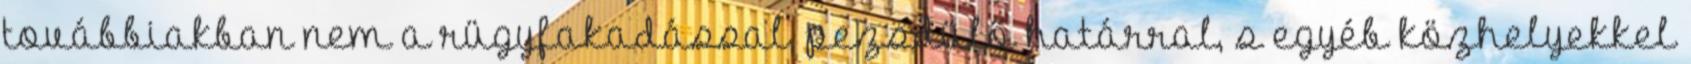
továbbiakban nem a rügyfakadással, pezsdülő határral, s egyéb közhelyekkel